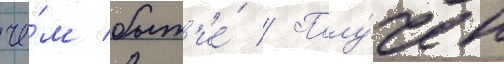
че́м быт'ие́ // Полу́чен